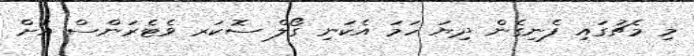
މި މެޗުގައި ފެނިގެން ދިޔަ ހަމަ އެކަނި ގޯލް ސޮކަރ ވެޓެރަންސް އަށް